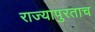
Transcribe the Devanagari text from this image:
राज्यापुरताच